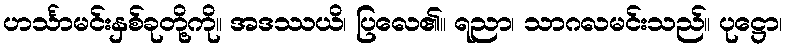
ဟင်္သာမင်းနှစ်ခုတို့ကို။ အဒဿယိ၊ ပြလေ၏။ ရညာ၊ သာဂလမင်းသည်။ ပုဋ္ဌော၊